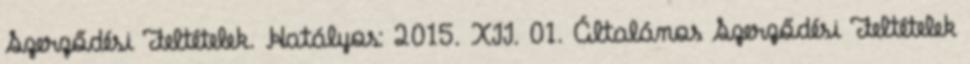
Szerződési Feltételek. Hatályos: 2015. XII. 01. Általános Szerződési Feltételek